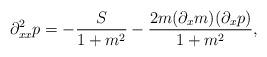
LaTeX: \begin{align*} \partial^2_{xx}p = -\frac{S}{1+m^2} - \frac{2m(\partial_x m)(\partial_x p)}{1+m^2},\end{align*}